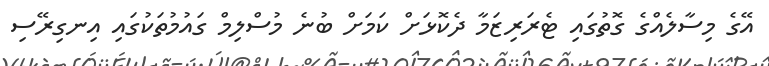
އޭގެ މިސާލެއްގެ ގޮތުގައި ޓެރަރިޒަމާ ދެކޮޅަށް ކަމަށް ބުނެ މުސްލިމް ގައުމުތަކުގައި އިނގިރޭސި